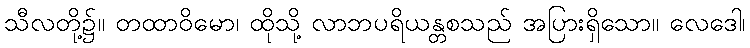
သီလတို့၌။ တထာဝိမော၊ ထိုသို့ လာဘပရိယန္တစသည် အပြားရှိသော။ လေဒေါ၊